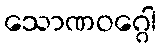
သောဏဝဂ္ဂေါ